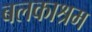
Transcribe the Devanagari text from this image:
बलकाश्रम